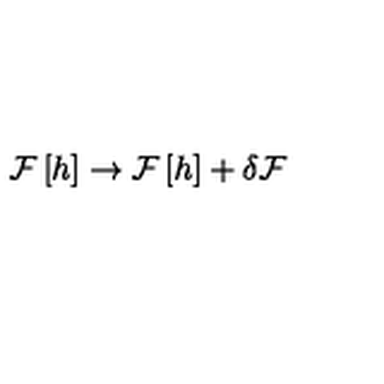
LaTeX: { \cal F } \left[ h \right] \rightarrow { \cal F } \left[ h \right] + \delta { \cal F }